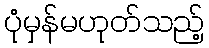
ပုံမှန်မဟုတ်သည့်